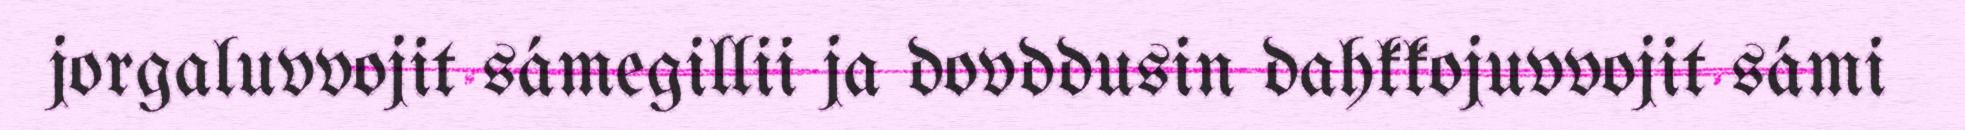
jorgaluvvojit sámegillii ja dovddusin dahkkojuvvojit sámi